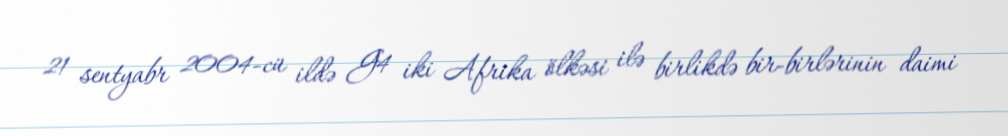
21 sentyabr 2004-cü ildə G4 iki Afrika ölkəsi ilə birlikdə bir-birlərinin daimi